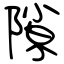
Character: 隙